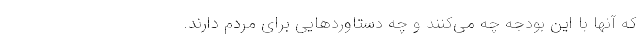
که آنها با این بودجه چه می‌کنند و چه دستاوردهایی برای مردم دارند.